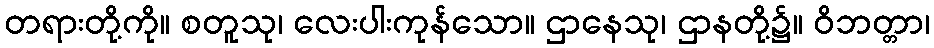
တရားတို့ကို။ စတူသု၊ လေးပါးကုန်သော။ ဌာနေသု၊ ဌာနတို့၌။ ဝိဘတ္တာ၊